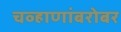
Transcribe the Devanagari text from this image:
चव्हाणांबरोबर